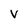
Character: v